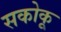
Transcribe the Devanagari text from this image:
सकोकू